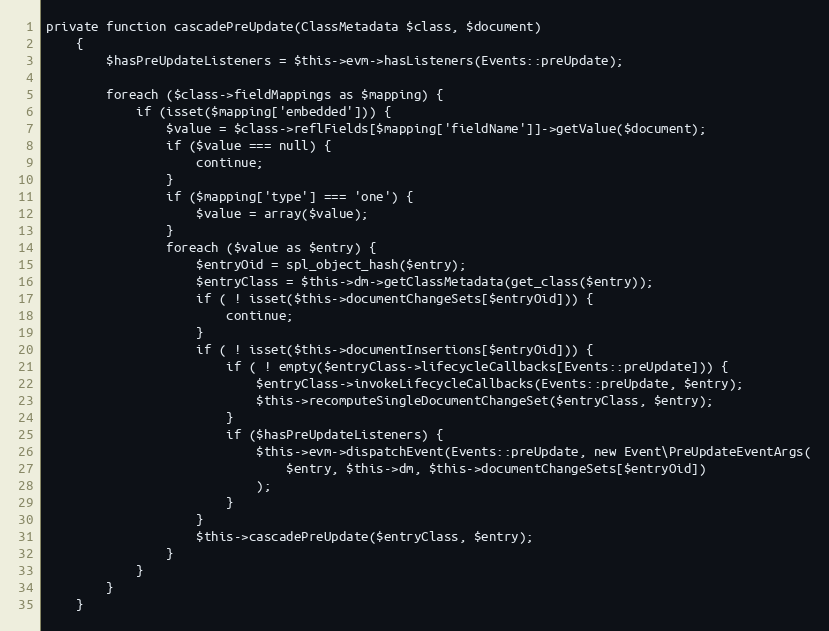
Language: PHP
private function cascadePreUpdate(ClassMetadata $class, $document)
    {
        $hasPreUpdateListeners = $this->evm->hasListeners(Events::preUpdate);

        foreach ($class->fieldMappings as $mapping) {
            if (isset($mapping['embedded'])) {
                $value = $class->reflFields[$mapping['fieldName']]->getValue($document);
                if ($value === null) {
                    continue;
                }
                if ($mapping['type'] === 'one') {
                    $value = array($value);
                }
                foreach ($value as $entry) {
                    $entryOid = spl_object_hash($entry);
                    $entryClass = $this->dm->getClassMetadata(get_class($entry));
                    if ( ! isset($this->documentChangeSets[$entryOid])) {
                        continue;
                    }
                    if ( ! isset($this->documentInsertions[$entryOid])) {
                        if ( ! empty($entryClass->lifecycleCallbacks[Events::preUpdate])) {
                            $entryClass->invokeLifecycleCallbacks(Events::preUpdate, $entry);
                            $this->recomputeSingleDocumentChangeSet($entryClass, $entry);
                        }
                        if ($hasPreUpdateListeners) {
                            $this->evm->dispatchEvent(Events::preUpdate, new Event\PreUpdateEventArgs(
                                $entry, $this->dm, $this->documentChangeSets[$entryOid])
                            );
                        }
                    }
                    $this->cascadePreUpdate($entryClass, $entry);
                }
            }
        }
    }